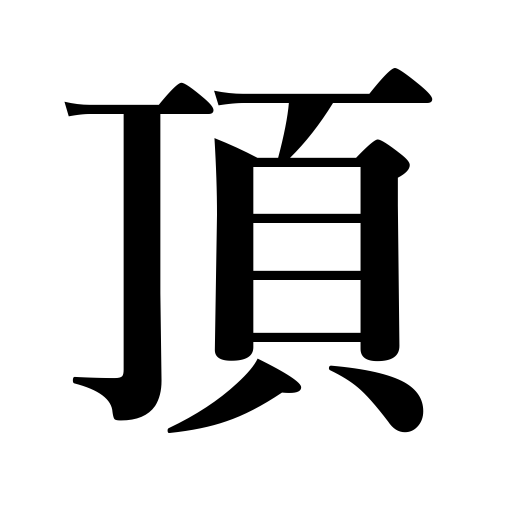
Meanings: take,buy,top,top of the head,peak,drink,spire,live under a ruler,head,install a president,receive,wear,summit,accept,eat,be crowned with